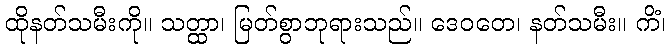
ထိုနတ်သမီးကို။ သတ္ထာ၊ မြတ်စွာဘုရားသည်။ ဒေဝတေ၊ နတ်သမီး။ ကိံ၊